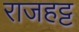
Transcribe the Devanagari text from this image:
राजहट्ट